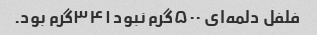
فلفل دلمه‌ای ۵۰۰گرم نبود ۳۴۱گرم بود.